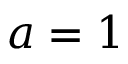
a = 1